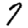
Digit: 7